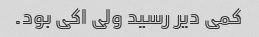
کمی دیر رسید ولی اکی بود.